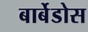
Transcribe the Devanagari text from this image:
बार्बेडोस